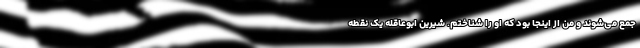
جمع می‌شوند و من از اینجا بود که او را شناختم. شیرین ابوعاقله یک نقطه